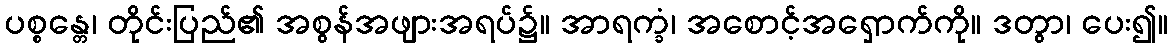
ပစ္စန္တေ၊ တိုင်းပြည်၏ အစွန်အဖျားအရပ်၌။ အာရက္ခံ၊ အစောင့်အရှောက်ကို။ ဒတွာ၊ ပေး၍။